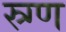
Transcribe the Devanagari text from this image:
स्र्ग्ण